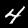
Label: 4